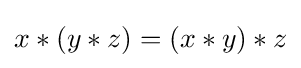
x*(y*z)=(x*y)*z